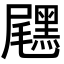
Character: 𪑐